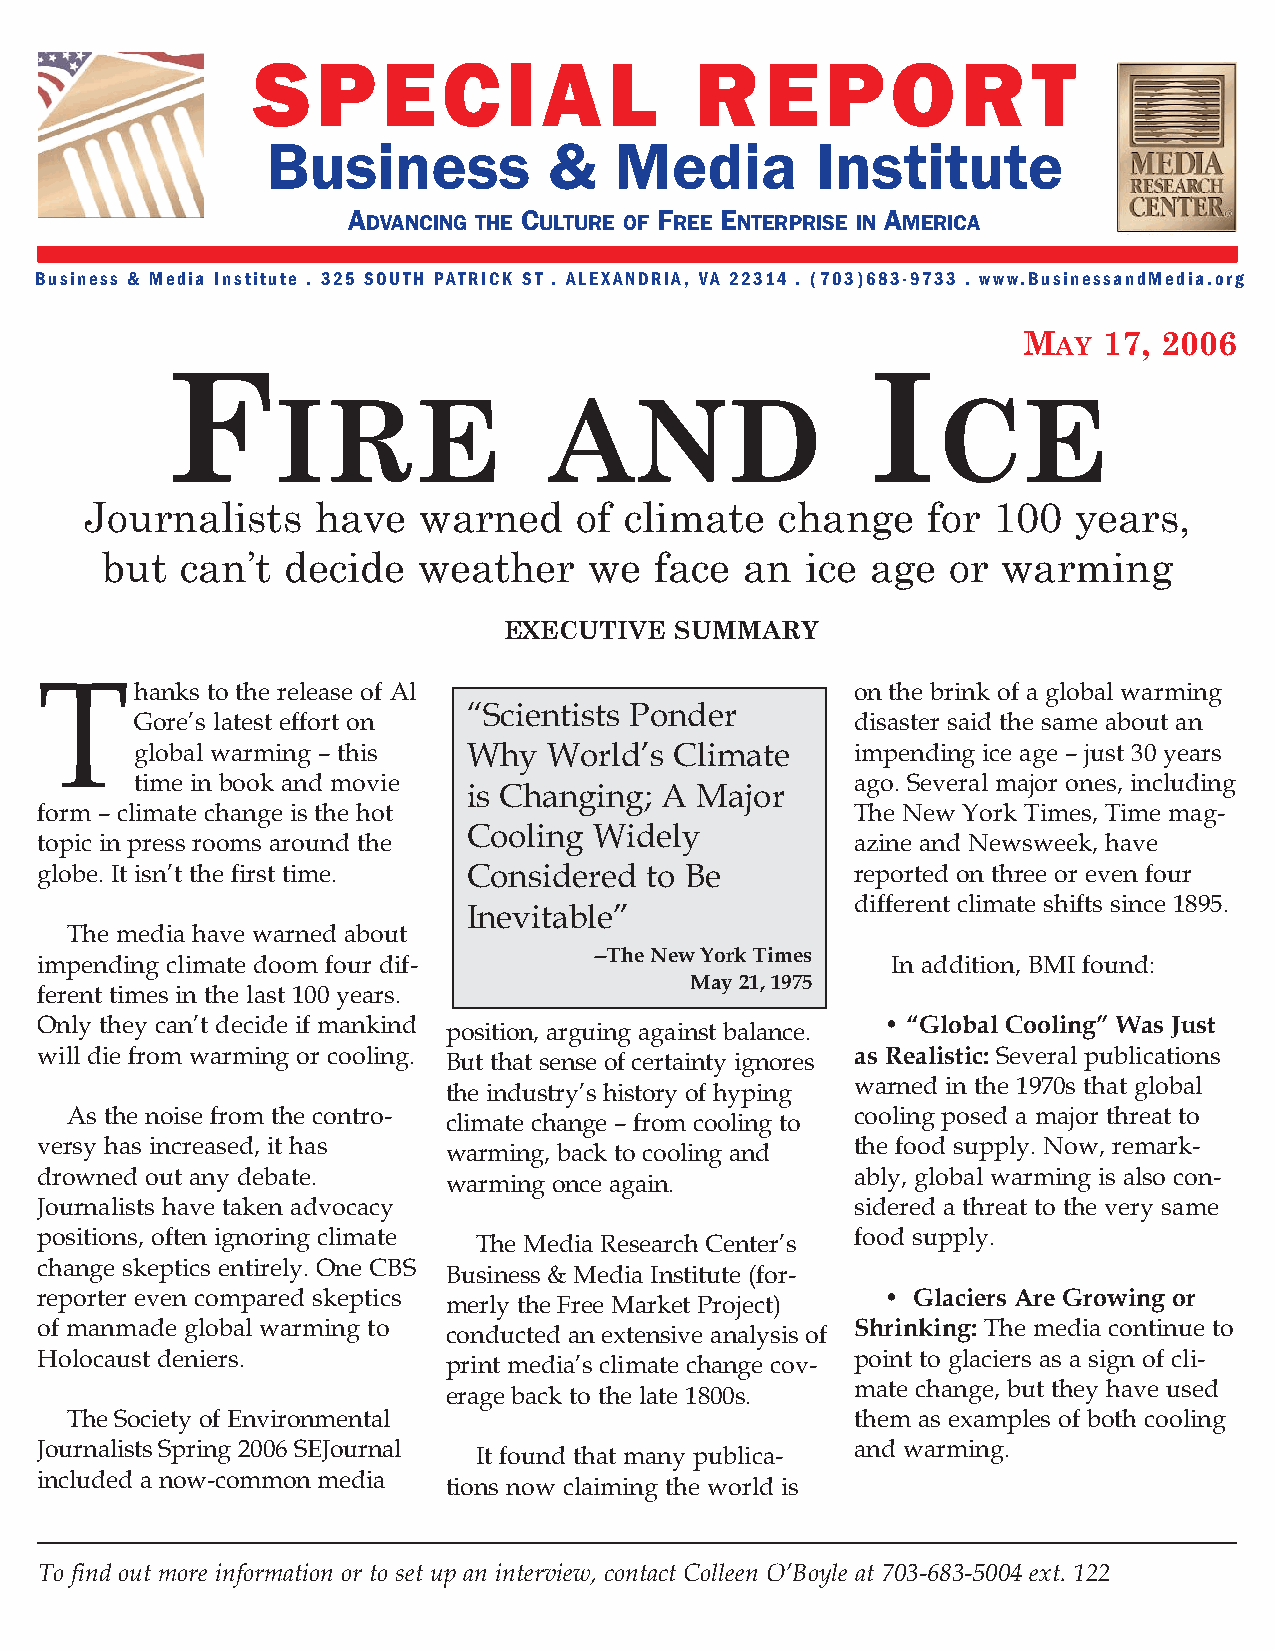
SPECIAL                      REPORT
 Business          &    Media        Institute
 ADVANCING THE CULTURE OF FREE ENTERPRISE IN AMERICA
 Business & Media Institute . 325 SOUTH PATRICK ST . ALEXANDRIA, VA 22314 . (703)683-9733 . www.BusinessandMedia.org
 M    17, 2006
 AY
 F                                              I
 IRE               AND                       CE
 Journalists    have   warned    of climate    change   for  100  years,
 but  can’t  decide   weather    we  face  an  ice  age  or warming
 EXECUTIVE   SUMMARY
 Thanks      to the release of Al                       on the brink of a global warming
 “Scientists Ponder
 Gore’s latest effort on                         disaster said the same about an
 global warming – this Why  World’s  Climate     impending ice age – just 30 years
 time in book and movie                          ago. Several major ones, including
 is Changing; A Major
 form – climate change is the hot                       The New York Times, Time mag-
 Cooling Widely
 topic in press rooms around the                        azine and Newsweek, have
 globe. It isn’t the first time. Considered to Be       reported on three or even four
 different climate shifts since 1895.
 Inevitable”
 The media have warned about
 --The New York Times
 impending climate doom four dif-                         In addition, BMI found:
 May 21, 1975
 ferent times in the last 100 years.
 Only they can’t decide if mankind                        • “Global Cooling” Was Just
 position, arguing against balance.
 will die from warming or cooling.                      as Realistic: Several publications
 But that sense of certainty ignores
 warned in the 1970s that global
 the industry’s history of hyping
 As the noise from the contro-                        cooling posed a major threat to
 climate change – from cooling to
 versy has increased, it has                            the food supply. Now, remark-
 warming, back to cooling and
 drowned out any debate.                                ably, global warming is also con-
 warming once again.
 Journalists have taken advocacy                        sidered a threat to the very same
 positions, often ignoring climate                      food supply.
 The Media Research Center’s
 change skeptics entirely. One CBS
 Business & Media Institute (for-
 reporter even compared skeptics                          • Glaciers Are Growing or
 merly the Free Market Project)
 of manmade global warming to                           Shrinking: The media continue to
 conducted an extensive analysis of
 Holocaust deniers.                                     point to glaciers as a sign of cli-
 print media’s climate change cov-
 mate change, but they have used
 erage back to the late 1800s.
 The Society of Environmental                         them as examples of both cooling
 Journalists Spring 2006 SEJournal                      and warming.
 It found that many publica-
 included a now-common media
 tions now claiming the world is
 To find out more information or to set up an interview, contact Colleen O’Boyle at 703-683-5004 ext. 122